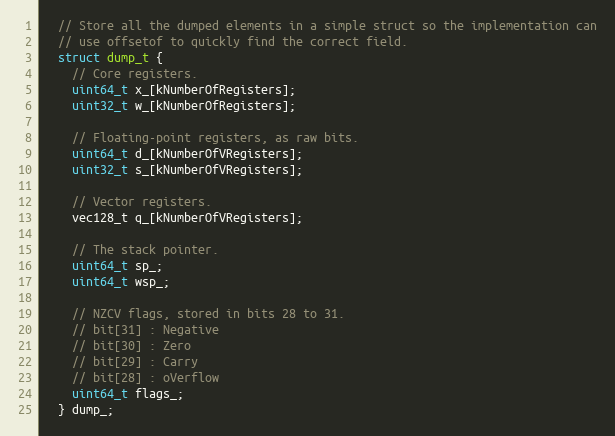
Language: C
  // Store all the dumped elements in a simple struct so the implementation can
  // use offsetof to quickly find the correct field.
  struct dump_t {
    // Core registers.
    uint64_t x_[kNumberOfRegisters];
    uint32_t w_[kNumberOfRegisters];

    // Floating-point registers, as raw bits.
    uint64_t d_[kNumberOfVRegisters];
    uint32_t s_[kNumberOfVRegisters];

    // Vector registers.
    vec128_t q_[kNumberOfVRegisters];

    // The stack pointer.
    uint64_t sp_;
    uint64_t wsp_;

    // NZCV flags, stored in bits 28 to 31.
    // bit[31] : Negative
    // bit[30] : Zero
    // bit[29] : Carry
    // bit[28] : oVerflow
    uint64_t flags_;
  } dump_;